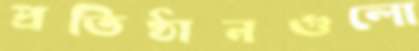
প্রতিষ্ঠানগুলো